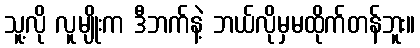
သူ့လို လူမျိုးက ဒီဘက်နဲ့ ဘယ်လိုမှမထိုက်တန်ဘူး။